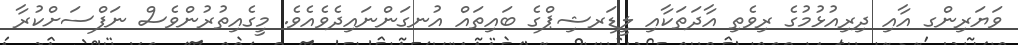
ވަޔަރިންގ އާއި ދިރިއުޅުމުގެ ރިވެތި އާދަތަކާއި ލީޑަރޝިޕްގެ ބައިތައް އުނގަންނައިދެވެއެވެ. މީގެއިތުރުންވެސް ނަފްސަށްކުރާ